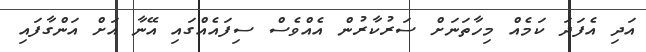
އަދި އެފަދަ ކަމެއް މިހާތަނަށް ސަރުކާރުން އެއްވެސް ސިފައެއްގައި އޭނާ އަށް އަންގާފައި